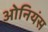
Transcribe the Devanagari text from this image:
ओनियंस